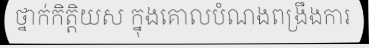
ថ្នាក់កិត្តិយស ក្នុងគោលបំណងពង្រឹងការ